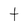
Character: t